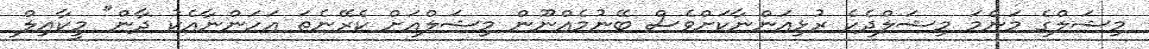
މިޝަލްގެ މަންމަ މިޝަލްދެކެ ރުޅިއަންނާކަށްވެސް ބޭނުމެއްނޫން މިޝަލްއަށް ކެރޭނެތަ އަހަންނާއެކު ދާން" މީކާޢިލް